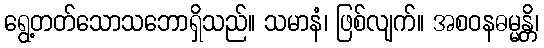
ရွေ့တတ်သောသဘောရှိသည်။ သမာနံ၊ ဖြစ်လျက်။ အစဝနဓမ္မန္တိ၊